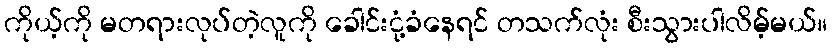
ကိုယ့်ကို မတရားလုပ်တဲ့လူကို ခေါင်းငုံ့ခံနေရင် တသက်လုံး စီးသွားပါလိမ့်မယ်။